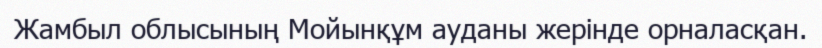
Жамбыл облысының Мойынқұм ауданы жерінде орналасқан.